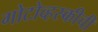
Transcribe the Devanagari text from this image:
गोटोव्हस्कीची